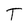
Character: T